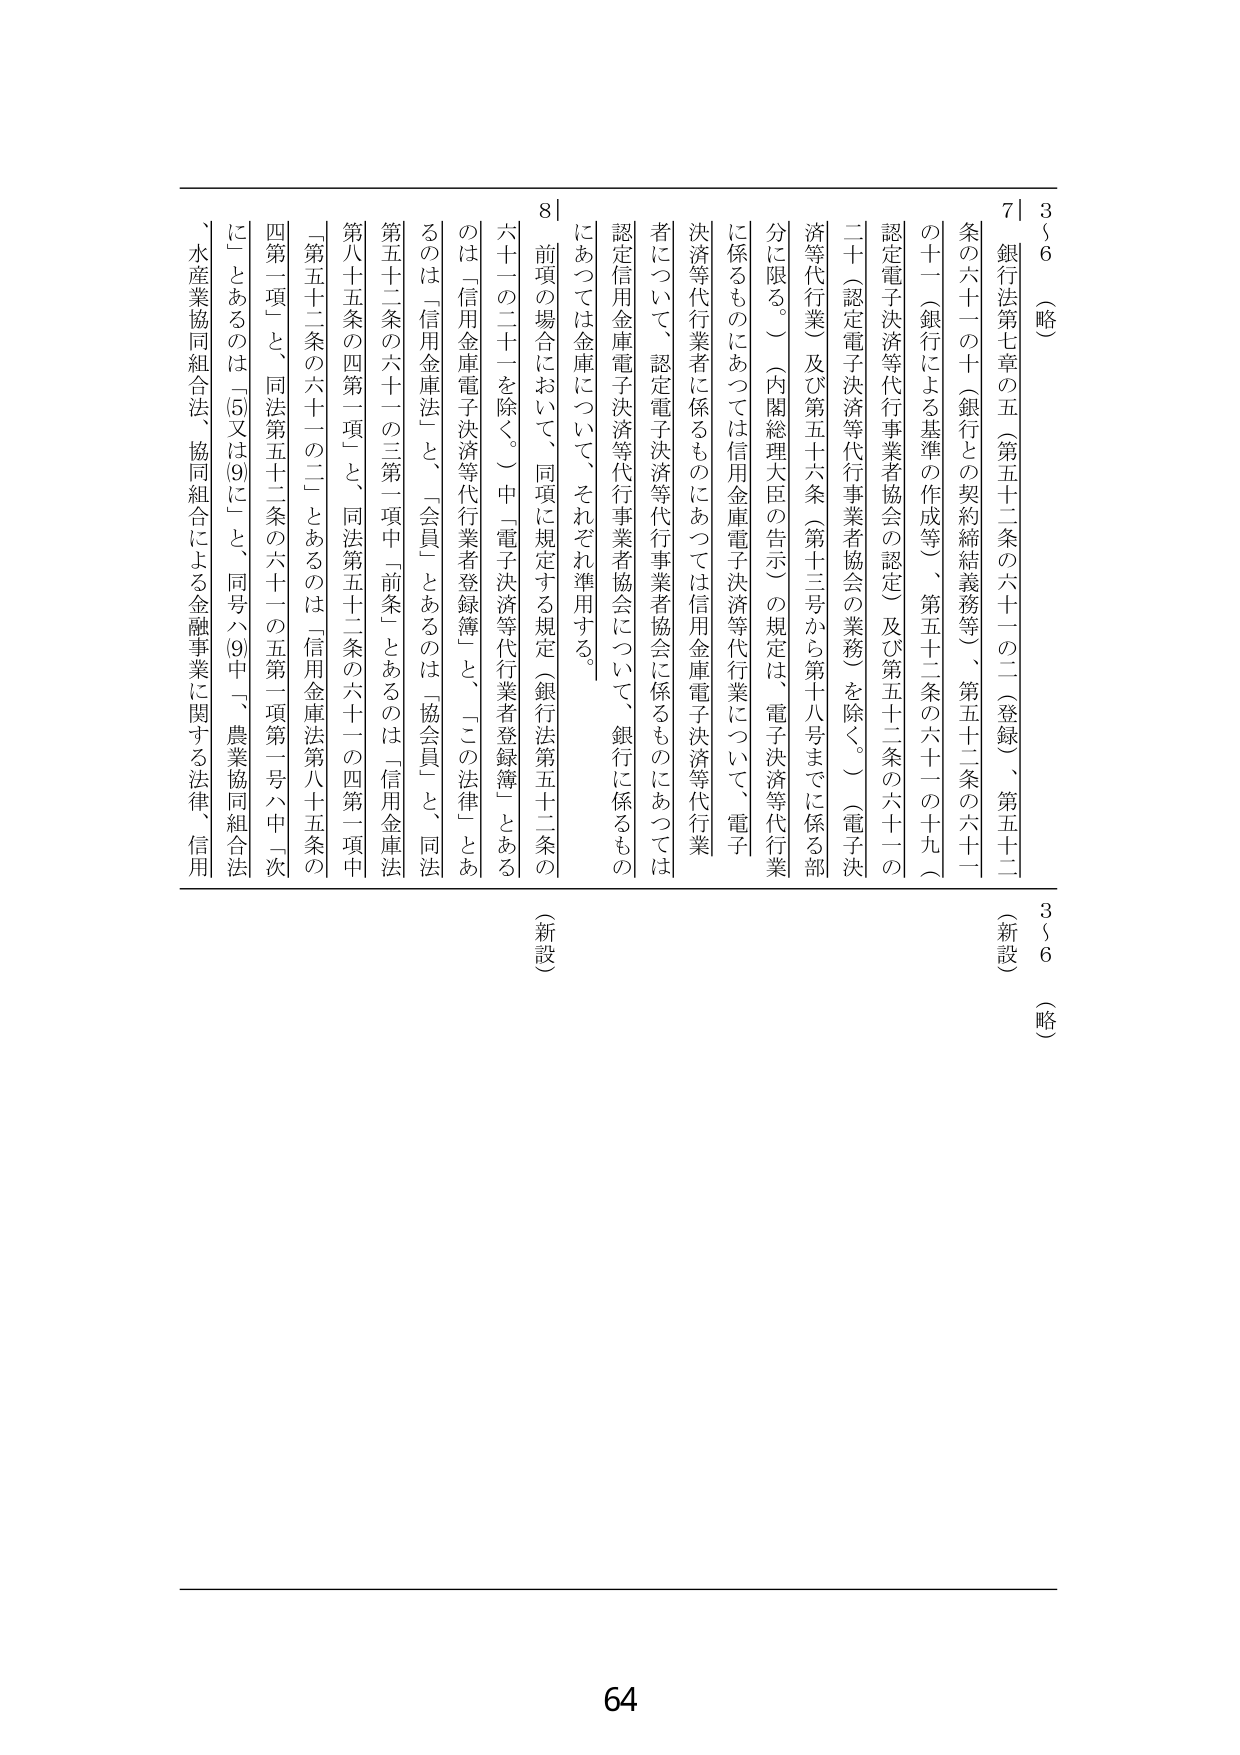
3～6 （略）
7｜銀行法第七章の五（第五十二条の六十一の二（登録）、第五十二条の六十一の十（銀行との契約締結義務等）、第五十二条の六十一の十一（銀行による基準の作成等）、第五十二条の六十一の十九（認定電子決済等代行事業者協会の認定）及び第五十二条の六十一の二十（認定電子決済等代行事業者協会の業務）を除く。）（電子決済等代行業）及び第五十六条（第十三号から第十八号までに係る部分に限る。）（内閣総理大臣の告示）の規定は、電子決済等代行業に係るものにあっては信用金庫電子決済等代行業について、電子決済等代行業者に係るものにあっては信用金庫電子決済等代行業者について、認定電子決済等代行事業者協会に係るものにあっては認定信用金庫電子決済等代行事業者協会について、銀行に係るものにあっては金庫について、それぞれ準用する。
8｜前項の場合において、同項に規定する規定（銀行法第五十二条の六十一の二十一を除く。）中「電子決済等代行業者登録簿」とあるのは「信用金庫電子決済等代行業者登録簿」と、「この法律」とあるのは「信用金庫法」と、「会員」とあるのは「協会員」と、同法第五十二条の六十一の三第一項中「前条」とあるのは「信用金庫法第八十五条の四第一項」と、同法第五十二条の六十一の四第一項中「第五十二条の六十一の二」とあるのは「信用金庫法第八十五条の四第一項」と、同法第五十二条の六十一の五第一項第一号ハ中「次に」とあるのは「⑤又は⑨に」と、同号ハ⑨中「、農業協同組合法、水産業協同組合法、協同組合による金融事業に関する法律、信用
3～6 （略）
（新設）
（新設）
64